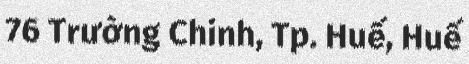
76 Trường Chinh, Tp. Huế, Huế